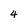
Character: 4